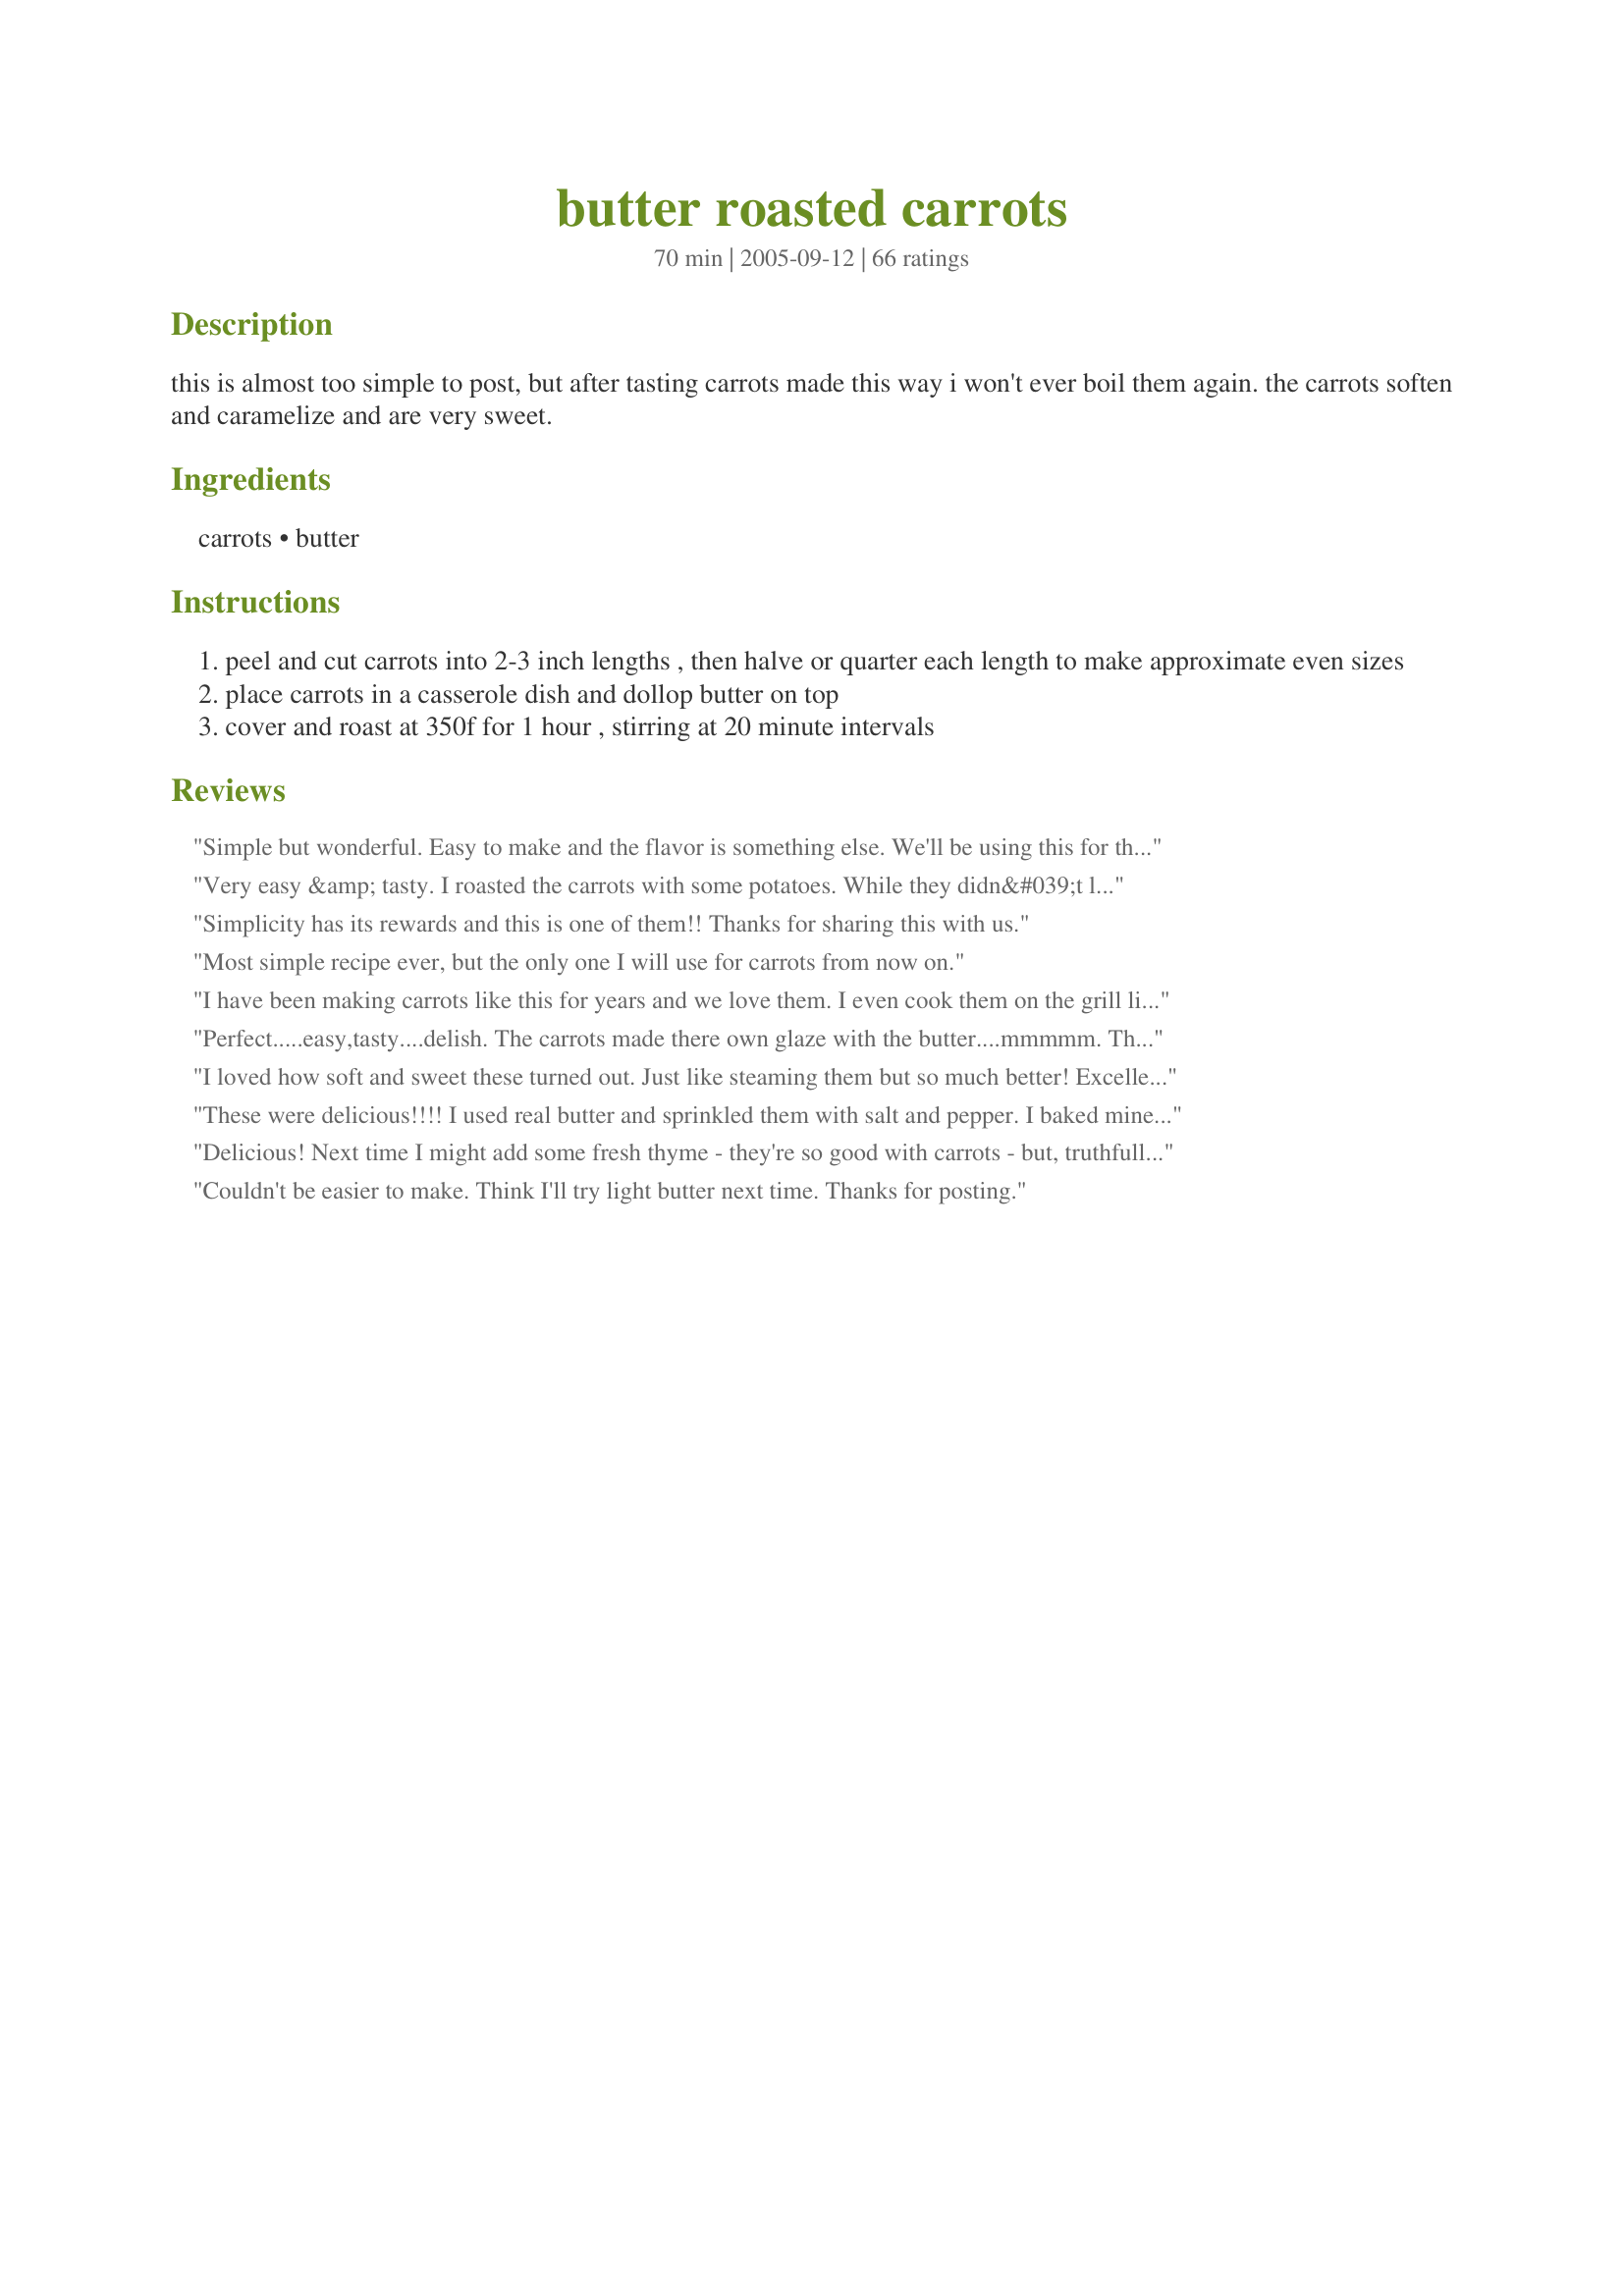
butter roasted carrots
Preparation time: 70 minutes

this is almost too simple to post, but after tasting carrots made this way i won't ever boil them again. the carrots soften and caramelize and are very sweet.

Ingredients:
carrots, butter

Steps:
peel and cut carrots into 2-3 inch lengths , then halve or quarter each length to make approximate even sizes
place carrots in a casserole dish and dollop butter on top
cover and roast at 350f for 1 hour , stirring at 20 minute intervals

Reviews:
Simple but wonderful. Easy to make and the flavor is something else. We'll be using this for the Holidays. Thanks for sharing.
Very easy &amp; tasty. I roasted the carrots with some potatoes. While they didn&#039;t look real pretty (they got pretty shriveled), they tasted great. I added a little salt and garlic to the mix.
Simplicity has its rewards and this is one of them!! Thanks for sharing this with us.
Most simple recipe ever, but the only one I will use for carrots from now on.
I have been making carrots like this for years and we love them. I even cook them on the grill like this.
Perfect.....easy,tasty....delish. The carrots made there own glaze with the butter....mmmmm. This will be my only way to cook carrots from now on.....thank you Stephanie
I loved how soft and sweet these turned out. Just like steaming them but so much better! Excellent recipe, thank you for posting this. By the way I sprinkled some cinamon on there, simply because I love the way it smells and it gave it a little kick. (Not that it needed it)
These were delicious!!!! I used real butter and sprinkled them with salt and pepper. I baked mine at 375 for one hour and they were perfect. I will definitely be making these often!
Delicious! Next time I might add some fresh thyme - they're so good with carrots - but, truthfully, these are scrumptious as is!!
Couldn't be easier to make. Think I'll try light butter next time. Thanks for posting.
Simple, easy and delicious. A definite keeper of a recipe. The only way to do carrots from now on.
excellent. very good carrots - crisp tender and not overly sweet.
No sugar added, simple (stupid simple), and a delight for the taste buds! Thank you!
I use baby carrots and added a tablespoon of brown sugar,a bit of garlic The flavor seemed more intense.I will be butter Roasted more.thank you!! Grpa!
Nothing brings out the natural sweetness of vegetables like roasting. These are so easy to do and wonderful. I added some pepper after cooking but other than that didn't change a thing. For easy cleanup, I did line the pan with foil. Delicious!
So simple, yet perfect. Easy to make, with outstanding results. I used organic carrotes. They were cooked perfectly and tasted sweet and tender. I will be making carrotes this way from now on. Thanks so much for sharing Cookin-jo, this dish rocks.
These were a real winner in my house i dont usually roast carrots but i will be from now on...yum!! Thanks :)
I made these and I am not sure if I did it right or not. Some of the other reviewers mentioned that their carrots carmelized. Mine did not. Since they were cooked with a lid they were just steamed. They were good but not exactly what I expected. Was I supposed to remove the lid at some point? The word "roasted" would indicate so. I will make them again because they were good and it is just sooo easy to put them in the oven if you are baking other parts of the meal. Thanks for the recipe. I will probably mess with it next time and see if I can find the elusive carmelization!
These are the best ever! I will never use the pressure cooker again for carrots. Sometimes simple is just better.
Did I do something wrong?? These just didn't do it for me. I followed the recipe exactly but the results weren't only so-so.
It was a bit flavorless and lacking in something special. Before serving I tasted the carrots which were very bland. I added a tablespoon of brown sugar and a good dose of salt and pepper and then they were perfect for my taste.
These made perfect carrots! It is the most simple recipe ever and you really do not need to use a large amount of butter to give them a lot of flavor. Cooking them for an hour really releases sweetness from the carrots. This is the perfect sidedish.
Fantastic!! Made these twice. First time I cut them in about 1/4" strips and used fresh carrots out of the garden. They were fantastic. Second time used bagged baby carrots from the produce and cut in half lengthwise. They took a lot longer to cook and were not near as sweet, they really had no flavor. Fresh is the only way to go. We'll be eating carrots this way from now on. Thanks.
I have prepared carrots with brown sugar, honey,- several different ways, these were the best. I will now only prepare them this way. They were delicious and company quality. Thank you for a great recipe.
The texture of the carrots was great, but they didn't seem too flavorful, so I sautated them with a little more butter and some honey for a few minutes after I removed them from the oven. I also added chopped parsley for color. Thanks for sharing.
This was the first time I've ever roasted carrots in the oven by themselves in butter. I do throw them in my pot roast, but sometimes, I just want a plain ole carrot. It took me several years to like them and when I finally tried them (in the hospital, no less) I fell in love. I always keep raw baby carrots on hand and canned for other quick meals. I did cut the recipe in half because it's just me eatin, but when I do have company, these will for-sure be something I will serve up. YUMMY...thanks for the idea!
Absolutely wonderful carrots! I used just, about, 2/3 lb. of carrots...put them in an 8x8 non-stick pan, added about 1 T. of 'Buttery Sticks' (vegan butter, no fat), and they were done in about 45 minutes. They were soft, carmelized, somewhat sticky and very sweet and delicious. This is a keeper recipe and will be made again. Thanks cookin-jo :)
These had a good flavor, but they did not turn out as soft as we like them to be. They also did not carmelize as I was hoping they would.
Not sure where I went wrong here but my carrots did not caramelize or have a roasted flavor. I followed all the directions, but they definitely did not cook all the way through. I had to cook them longer just to get them crisp-tender and they tasted like regular steamed carrots. However....I am going to try this again, possibly without covering. I don&#039;t want to drag the rating down on a recipe that is obviously beloved by so many other cooks. I am giving this a 4 star rating because it is a very easy side when you have other parts of the meal that require more time/energy. Thanks for the recipe.
WOW! I never would have guessed such a simple recipe would have packed such a natural sweet tasting carrot without sugar being added. My youngest DS had 2 helpings!!
Thank You-
I really debated on rating these a "like it" or a "love it" and I went with a "love it" because of the simplicity and how much my kids ate. They were super easy, but I prefer a little more sweetness than these had. They just tasted like your typical roasted carrot to me, nothing fancy, but definitely super easy. Thanks!
Fantastic and so easy. My kids loved them.
Had these last night with Kittencal's Beef or Pork Marinade and tenderizer (did London Broil on the grill, Oh my!!! mmmmm). These carrots were fantastic! Loved the flavor - very very simple way to cook them and what they add to a meal - makes me hate to call them a "side dish". They held there own in taste as well as compliments from the "eaters"..they were perfect with the London Broil and I don't believe I'll ever be guilty of boiling another poor carrot again. Thanks so much!
This lovely photo by Paula inspired me to make these carrots. I started roasting at 400 degrees for half and hour and decreased to 375 for about 15 minutes, since I was short on time. I used the bagged baby carrots which I normally find to be tough(but convenient). 
The butter and the roasting really mellowed the carrots and I noticed everyone cleaned their plates. Served with chicken fingers and pasta with peanut sauce.
Roxygirl
I make a lot of carrots this way. Then I freeze them. I do not cook as long in the oven. Thanks for posting. When reheating I add margarine and a little chicken broth.
Wonderful! These carrots were so flavorful - I'll not be steaming or boiling them again either. So simple, it kind of makes me slap my head and say "Why didn't I think of that?!?" DH went back for seconds - unheard of with veggies of any kind! Thanks for posting.
I only made 1 lb and used baby carrots. They turned out sweet and crunchy. Very good and extremely easy!
EXCELLENT! We all loved the flavor and they were so easy to fix! I decided to try this recipe, rather than steam the carrots like I usually do, because I was making a casserole so the oven would be on anyway. I'm so glad I did! We all agreed we like them better than steamed so I'll be fixing this dish again. It did take mine about 10 more minutes to cook than called for, but that wasn't a big problem. One tip, we all preferred them after they had sat about 10 minutes too. The flavor seemed more intense. I was pleasantly surprised at how sweet the carrots were without any sugar or honey added. A definite winner! Thanks!
This was a nice easy recipe. I only kept my carrots in for 40 minutes since we like them to be a bit crunchy. These weren't, like, some new extremely flavorful way to make carrots but they were easy, tasty and a nice change from the same old glazed carrots. We'll definitely be making these again. Thanks.
This the fastest to make, best tasting carrot recipe. There are never any leftovers.
Who knew carrots had a sweeter side? No one would believe me when I told them I had not added sugar to this dish. I served this as part of a roast game hen dinner for my card group and there was great discussion on the carrots! I used full, stemmed carrots and left them whole rather than chopping them up - simply for appearance reasons. There were fantastic!
Delicious and soooo easy. Used baby carrots and it couldn't have been simpler if it had been delivered. Thanks for a new favorite!
These were absolutely fantastically sweet! I browned them a little because we like them that way and they were just great. Simple and perfect. Thanks!
Easy and delicious! I was surprised how good the carrots were without sugar or other seasonings. Thanks for sharing your recipe!
This was too easy but it tasted great! I used baby carrots too...perfect!
The wonderful thing about this recipe is how the natural sugar in the carrots caramelizes and glazes them. Thank you for a recipe that is so simple and yet so absolutely delicious!
Simple and delicious! No need to steam up your kitchen when you can make these delicious carrots right along side your roast. Thanks for sharing!
How easy! I made this to go with recipe #67742 and mashed potatoes. And because they were in the fridge, I added pea pods and chopped walnuts to the carrots. The pea pods came out kinda strange (crispy), but the carrots were especially delicious--and I'm not a fan of carrots.
I made these very similar to what Vermonter said, and they were GREAT. I cut 2 lbs of carrots in half lengthwise and then into thirds. But then I actually melted the 2 Tbl of butter in the microwave and then drizzled it all over the carrots and tossed them in the hot butter, salt, pepper and some dried before cooking them at 375 for 45 min and then uncovered for 10 mins more and they were delicious - no one could believe I hadn't addded sugar!
I'm not going to rate this as I realized I messed up. The carrots came out a little drier than I had expected, and I wondered why, so I checked the recipe. It turns out that I forgot to stir! I'm going to try this again soon, stirring as instructed, and will report back. Until then, everybody make sure you stir. :)
Yum, who doesn't love butter roasted carrots? I loved these incredible, tasty, carrots SO much! Followed exactly, but only used a quarter pound of carrots, so I only let roast for 30 minutes. It was just perfect in everyway. Thanks for posting!
Made these for Easter. Super easy and delicious! Cut carrots in half lengthwise, then thirds. Cooked at 375 for 40 min. Perfect!
It's crazy how simple and delicious this is. We have these about twice a week now. Sometimes we cut down on the butter and sometimes we don't. Either way is awesome.
What glorious flavor these carrots pack! They are so wonderfully easy to prepare if you use the baby carrots as well. Mine never carmelised at all even though I left them in about 20 minutes longer to see if they would. I will make these time and time again!
I am not a fan of cooked carrots and have tried to like them many different ways. These carrots are simple and delicious! I added some salt at the end, as I add salt to everything. :)
Buttery yummy good
Not wanting our carrots taste steamed, I cooked them for the first twenty minutes without any lid. During the last forty minutes, I added a loosly fitting piece of aluminum foil that would let steam out. I did stir the carrots as mentioned. They turned out to be delicious! We'll be cooking carrots this way again often! Thank you!
These were great! So sweet tasting. The whole family loved them. I even ate them cold the next morning for breakfast and they were good that way too. I did add a little garlic salt and pepper to them before roasting. Served these with crockpot roast as I do not like to put carrots in with it. A definite make again!
Loved these carrots! I can't anything better that hasn't already been said about them....
Sorry, but this was a waste of time. I love carrots no matter what, but the hour spent did not at all add any flavor or excitement to the dish. May as well steam and add butter, not much different and much less time consuming.
Yes, simpler is amazingly better. This is now the only way I will make carrots. Absolutely just lets the delicious, natural flavor of the carrots shine through. Thank you!
very good.No need to boil these vegetables.This method is so much better.I add sliced parsnips to the carrots for color and flavor.
These were easy and turned out really well. I only had 1 lb. of carrots left, but the cooking time was still perfect.
I'm not going to rate this because I am not sure what went wrong. I followed the directions exactly, with half the ingredients. Mine came out shrivelled and terribly ugly on the outside while not cooked on the inside. With so many positive reviews, I wonder what went wrong with mine?
Now how easy is this!! It really tastes so good---the little bit left for me to taste! I did add some black pepper and a pinch of Kosher salt. I will make it again soon. Thank you for this recipe.
I really liked it. It's a perfect side dish that you throw in the oven while you get the rest of the meal ready. No hustle yet great flavor. Thank you.
